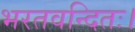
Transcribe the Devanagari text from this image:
भरतवन्दितः।